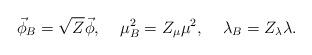
LaTeX: \begin{align*}\vec{\phi}_B = \sqrt{Z} \vec{\phi}, \;\;\;\; \mu_B^2 = Z_\mu \mu^2, \;\;\;\; \lambda_B = Z_\lambda \lambda .\end{align*}